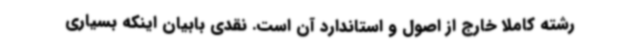
رشته کاملا خارج از اصول و استاندارد آن است. نقدی بابیان اینکه بسیاری